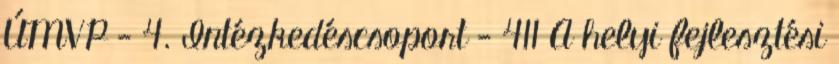
ÚMVP - 4. Intézkedéscsoport - 411 A helyi fejlesztési